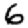
Digit: 6